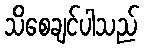
သိစေချင်ပါသည်